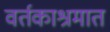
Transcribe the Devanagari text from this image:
वर्तकाश्रमात